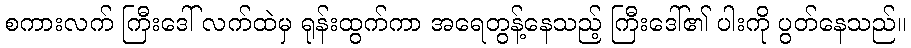
စကားလက် ကြီးဒေါ် လက်ထဲမှ ရုန်းထွက်ကာ အရေတွန့်နေသည့် ကြီးဒေါ်၏ ပါးကို ပွတ်နေသည်။